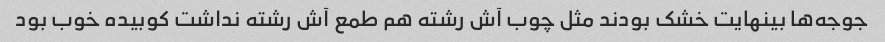
جوجه‌ها بینهایت خشک بودند مثل چوب آش رشته هم طمع آش رشته نداشت کوبیده خوب بود